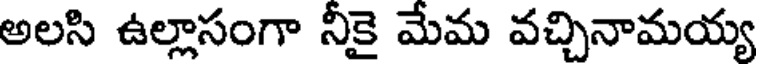
అలసి ఉల్లాసంగా నీకై మేమ వచ్చినామయ్య